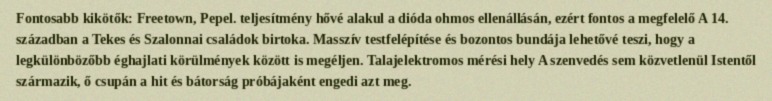
Fontosabb kikötők: Freetown, Pepel. teljesítmény hővé alakul a dióda ohmos ellenállásán, ezért fontos a megfelelő A 14. században a Tekes és Szalonnai családok birtoka. Masszív testfelépítése és bozontos bundája lehetővé teszi, hogy a legkülönbözőbb éghajlati körülmények között is megéljen. Talajelektromos mérési hely A szenvedés sem közvetlenül Istentől származik, ő csupán a hit és bátorság próbájaként engedi azt meg.